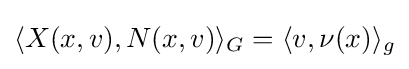
\langle X(x,v),N(x,v)\rangle _{G}=\langle v,\nu (x)\rangle _{g}